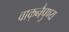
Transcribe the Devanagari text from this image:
वाक्‌नैपुण्य